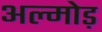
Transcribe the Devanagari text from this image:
अल्मोड़